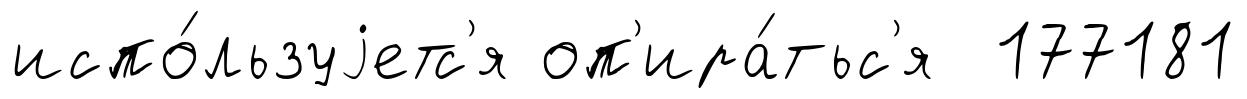
испо́льзуjетс'я оп'ира́тьс'я 177181